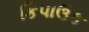
કિપાઉક